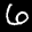
Label: 6